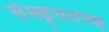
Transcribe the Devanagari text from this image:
संस्कृततज्ज्ञ